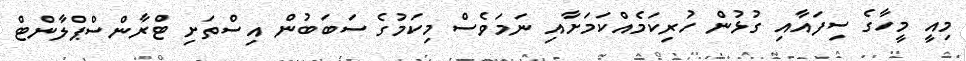
މިއީ މީހާގެ ސިފައާއި ގުޅުން ހުރިކަމެއްކަމަށާއި ނަމަވެސް މިކަމުގެ ސަބަބުން އިސްތަށި ޓްރާންސްޕްލާންޓް